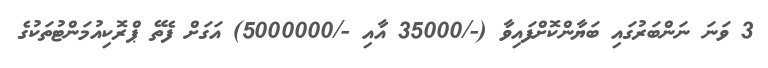
3 ވަނަ ނަންބަރުގައި ބަޔާންކޮށްފައިވާ (-/35000 އާއި -/5000000) އަގަށް ފެތޭ ޕްރޮކިއުމަންޓުތަކުގެ